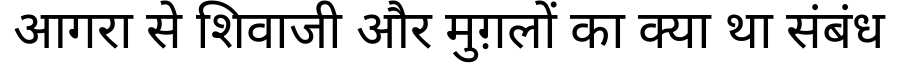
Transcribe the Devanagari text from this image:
आगरा से शिवाजी और मुग़लों का क्या था संबंध